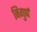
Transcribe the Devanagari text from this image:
निगुर्ण